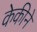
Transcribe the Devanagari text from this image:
केकीने